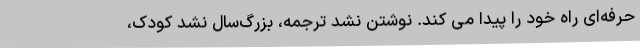
حرفه‌ای راه خود را پیدا می کند. نوشتن نشد ترجمه، بزرگ‌سال نشد کودک،